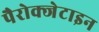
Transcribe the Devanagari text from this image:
पैरोक्जेटाइन